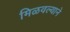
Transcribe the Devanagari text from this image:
मिळवल्याने